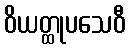
ဝိယတ္ထုပသေဝီ